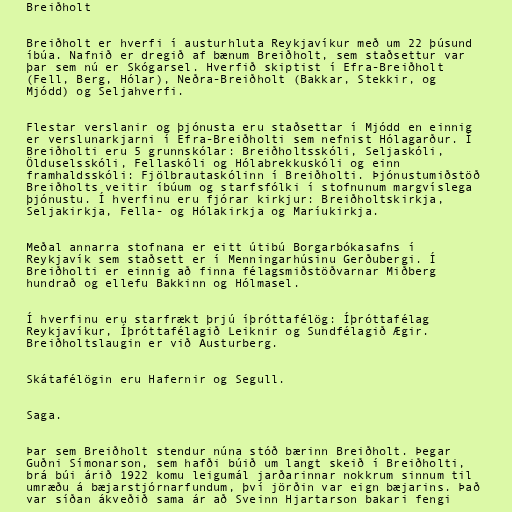
Breiðholt

Breiðholt er hverfi í austurhluta Reykjavíkur með um 22 þúsund
íbúa. Nafnið er dregið af bænum Breiðholt, sem staðsettur var
þar sem nú er Skógarsel. Hverfið skiptist í Efra-Breiðholt
(Fell, Berg, Hólar), Neðra-Breiðholt (Bakkar, Stekkir, og
Mjódd) og Seljahverfi.

Flestar verslanir og þjónusta eru staðsettar í Mjódd en einnig
er verslunarkjarni í Efra-Breiðholti sem nefnist Hólagarður. Í
Breiðholti eru 5 grunnskólar: Breiðholtsskóli, Seljaskóli,
Ölduselsskóli, Fellaskóli og Hólabrekkuskóli og einn
framhaldsskóli: Fjölbrautaskólinn í Breiðholti. Þjónustumiðstöð
Breiðholts veitir íbúum og starfsfólki í stofnunum margvíslega
þjónustu. Í hverfinu eru fjórar kirkjur: Breiðholtskirkja,
Seljakirkja, Fella- og Hólakirkja og Maríukirkja.

Meðal annarra stofnana er eitt útibú Borgarbókasafns í
Reykjavík sem staðsett er í Menningarhúsinu Gerðubergi. Í
Breiðholti er einnig að finna félagsmiðstöðvarnar Miðberg
hundrað og ellefu Bakkinn og Hólmasel.

Í hverfinu eru starfrækt þrjú íþróttafélög: Íþróttafélag
Reykjavíkur, Íþróttafélagið Leiknir og Sundfélagið Ægir.
Breiðholtslaugin er við Austurberg.

Skátafélögin eru Hafernir og Segull.

Saga.

Þar sem Breiðholt stendur núna stóð bærinn Breiðholt. Þegar
Guðni Símonarson, sem hafði búið um langt skeið í Breiðholti,
brá búi árið 1922 komu leigumál jarðarinnar nokkrum sinnum til
umræðu á bæjarstjórnarfundum, því jörðin var eign bæjarins. Það
var síðan ákveðið sama ár að Sveinn Hjartarson bakari fengi